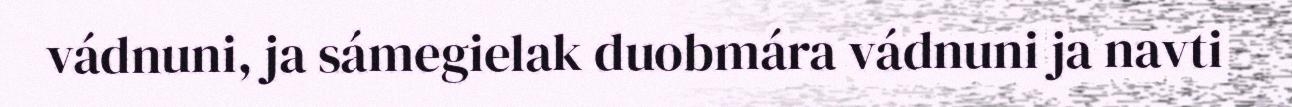
vádnuni, ja sámegielak duobmára vádnuni ja navti